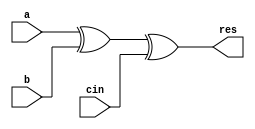
module g_cla4sum(a,b,cin,res);
    input a,b,cin;
    output res;

    wire x;
    xor(x,a,b);
    xor(res,x,cin);
endmodule